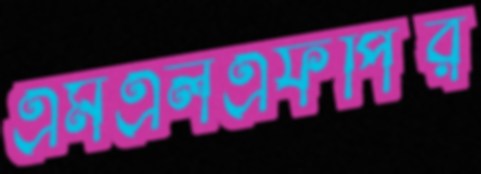
এমএলএফপির